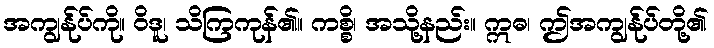
အကျွန်ုပ်ကို။ ဝိဒူ၊ သိကြကုန်၏။ ကစ္စိ၊ အသို့နည်း။ ဣဓ၊ ဤအကျွန်ုပ်တို့၏